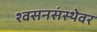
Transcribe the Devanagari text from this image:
श्वसनसंस्थेवर